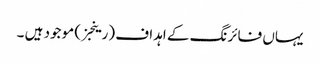
یہاں فائرنگ کے اہداف (رینجز) موجود ہیں ۔